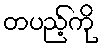
တပည့်ကို